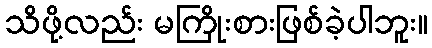
သိဖို့လည်း မကြိုးစားဖြစ်ခဲ့ပါဘူး။